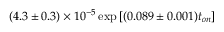
( 4 . 3 \pm 0 . 3 ) \times 1 0 ^ { - 5 } \exp { [ ( 0 . 0 8 9 \pm 0 . 0 0 1 ) t _ { o n } ] }